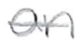
Text: an
Cross-out: single-line
Writing tool: pencil